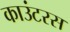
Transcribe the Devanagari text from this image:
काउंटरस